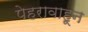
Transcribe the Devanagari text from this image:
पेहरावाहून